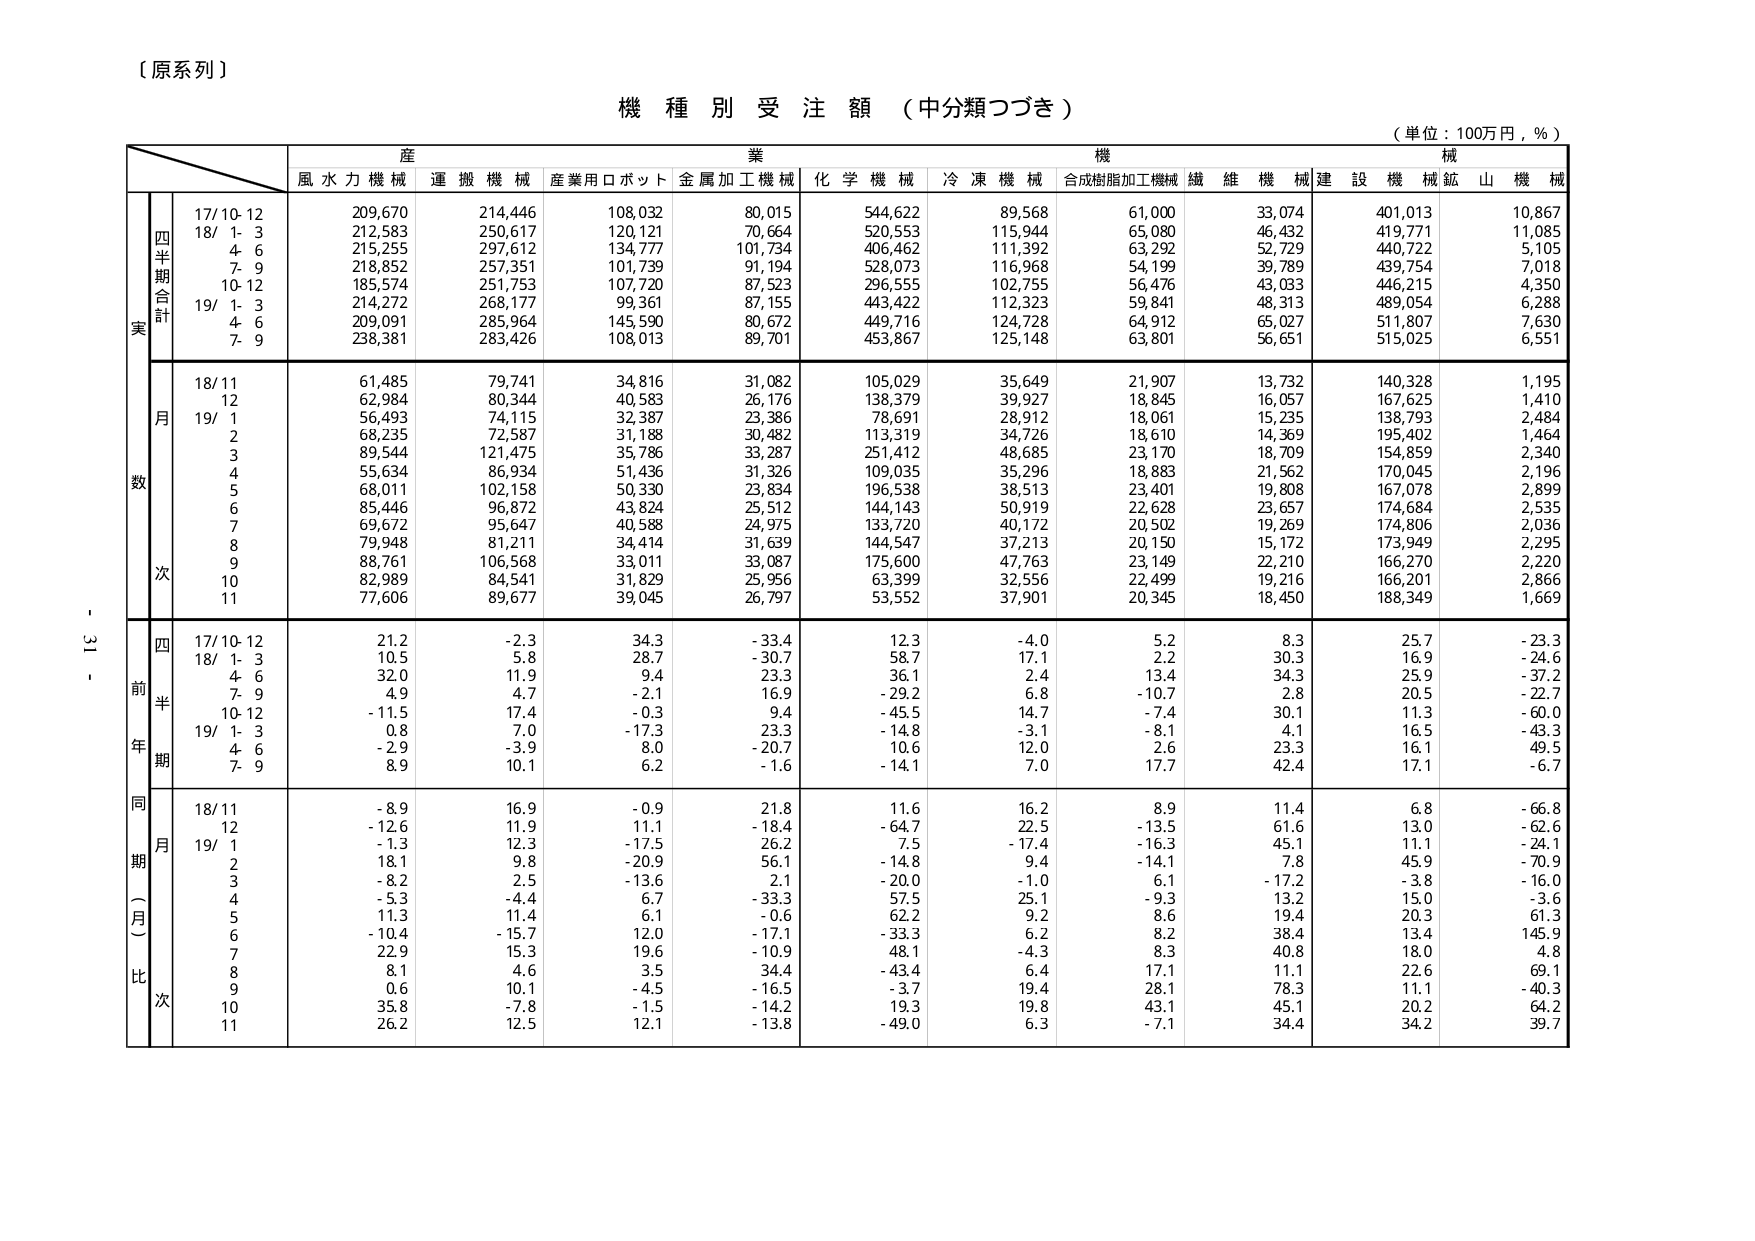
【原系列】

機種別受注額（中分類つづき）

（単位：100万円，％）